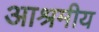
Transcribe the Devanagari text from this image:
आश्रमीय